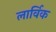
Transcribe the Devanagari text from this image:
लार्विक